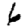
Digit: 6